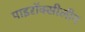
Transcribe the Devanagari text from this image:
पाइरॉक्सीलीन